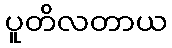
ပူတိလတာယ